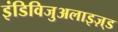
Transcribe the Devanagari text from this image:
इंडिविजुअलाइज़्ड